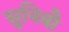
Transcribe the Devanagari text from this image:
सुनिबौ